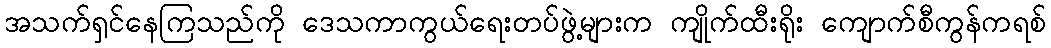
အသက်ရှင်နေကြသည်ကို ဒေသကာကွယ်ရေးတပ်ဖွဲ့များက ကျိုက်ထီးရိုး ကျောက်စီကွန်ကရစ်